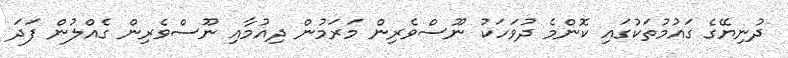
ދުނިޔޭގެ ގައުމުތަކުގައި ކޮންމެ ދުވަހަކު ނޫސްވެރިން މަރަމުން ދިއުމާއި ނޫސްވެރިން ގެއްލުން ފަދަ